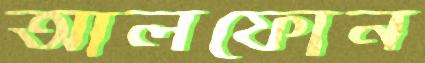
আলফোন